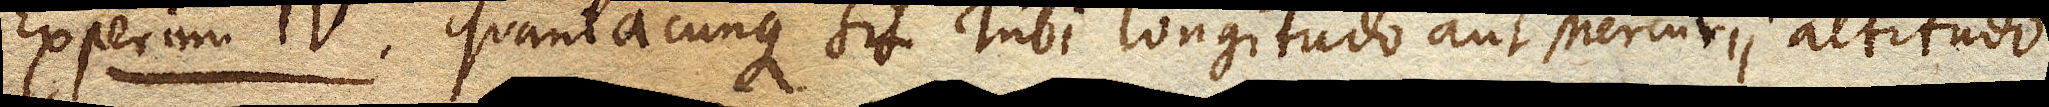
Experim. IV. Quantacunque sit Tubi longitudo aut Mercurii altitudo